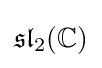
{\mathfrak {sl}}_{2}(\mathbb {C} )